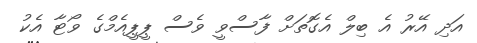
އަދި އޭރު އެ ބިލް އެގޮތަށް ފާސްވީ ވެސް ޕީޕީއެމްގެ ވޯޓާ އެކު